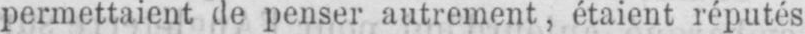
permettaient de penser autrement, étaient réputés